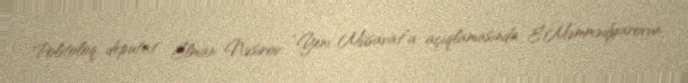
Politoloq, deputat Elman Nəsirov “Yeni Müsavat”a açıqlamasında E.Məmmədyarovun